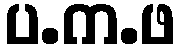
ပ.က.ဖ